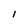
Character: I